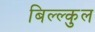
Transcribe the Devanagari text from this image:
बिल्ल्कुल